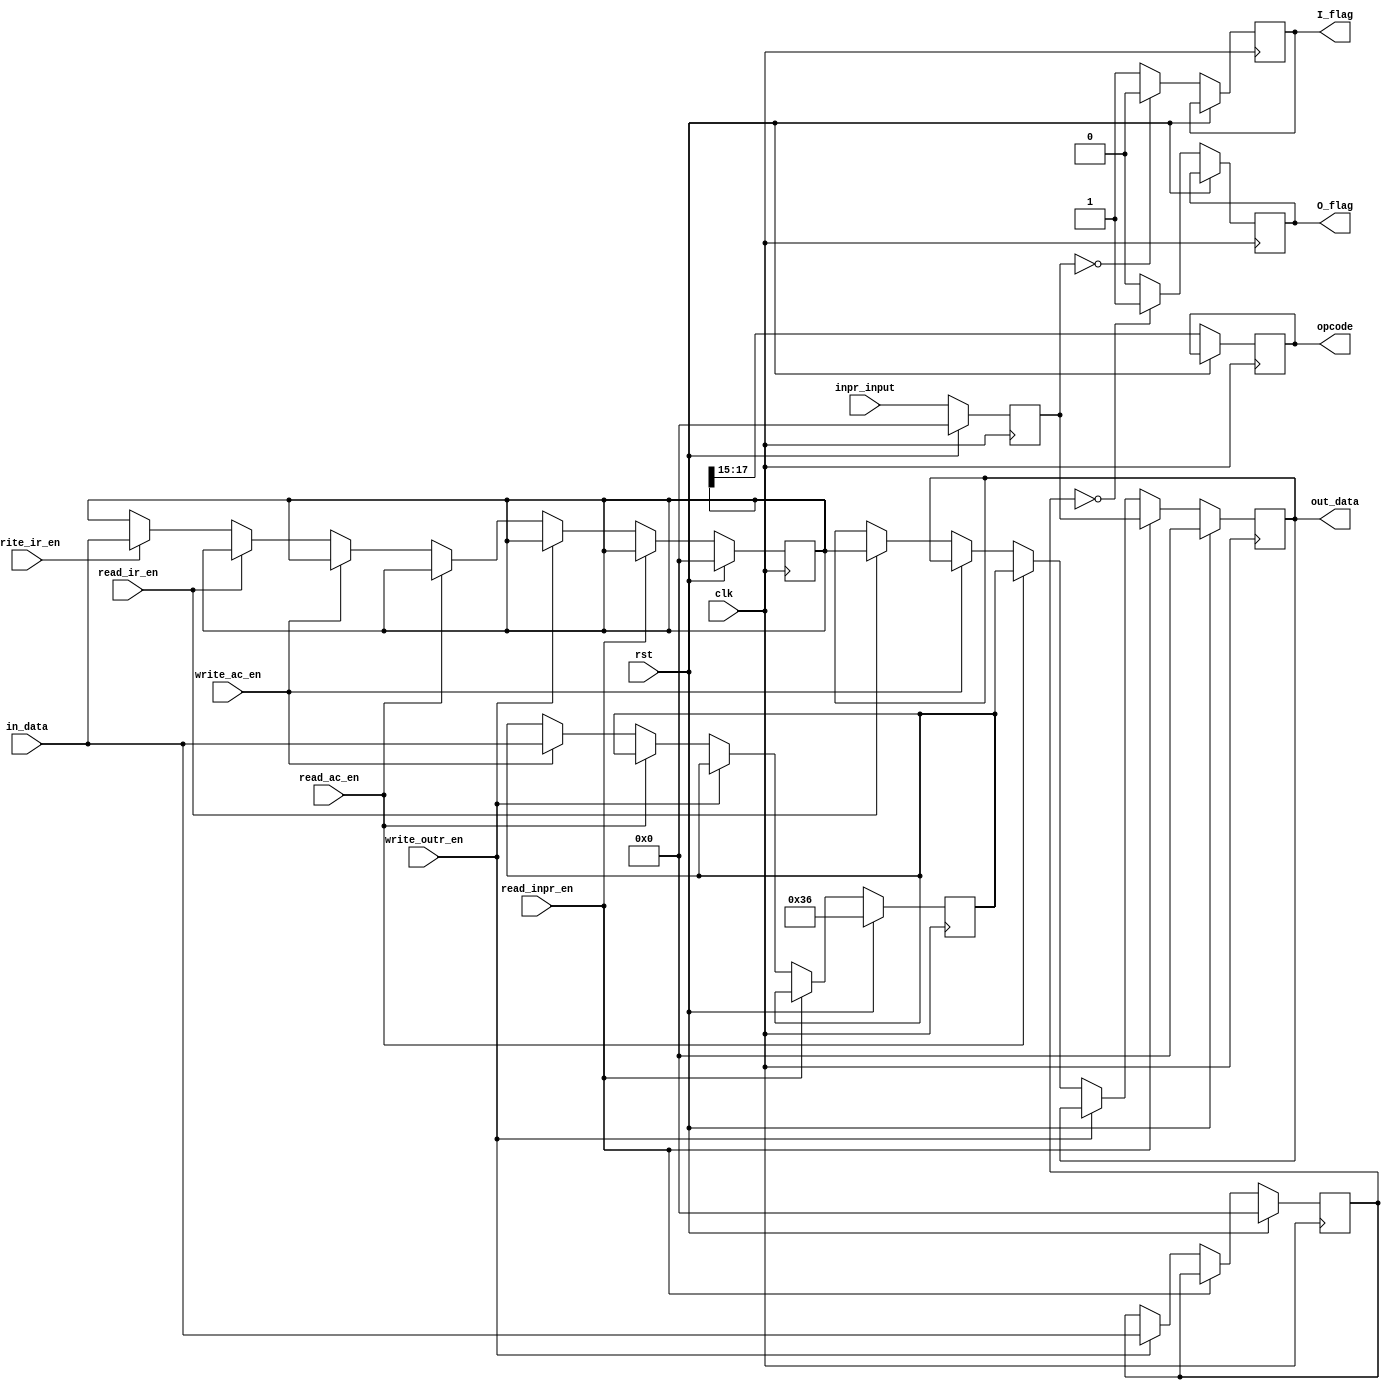
module AC_IR(out_data,in_data,clk,rst,read_inpr_en,write_outr_en,read_ac_en,
write_ac_en,read_ir_en,
write_ir_en,opcode,I_flag,O_flag,inpr_input);

	input [17:0] in_data,inpr_input; //Inputs for input register and other registers.
	input clk,rst,read_ac_en,read_inpr_en,write_outr_en,write_ac_en,
			read_ir_en,write_ir_en;
	output [17:0] out_data; 			//Common output of the module
	output [2:0]opcode; 					//Opcode of the instruction
	output I_flag,O_flag; 				//Flag bits for input and output interrupts.
	reg I_flag,O_flag;
	reg [2:0] opcode;
	reg [17:0] out_data; 				// Output data
	reg [17:0] inpr,outr,AC,IR; 		// The registers.

always @(posedge clk)
	begin
	if(rst) //Reset condition.
		begin
			outr<=18'd0;
			AC<=18'd54;
			IR<=18'd0;
			inpr<=18'b0;
			out_data<=18'd0;
		end
	else
		begin
			inpr<=inpr_input;
			opcode<=IR[17:15];
			if(inpr==18'd0) //Assigning Input flag
				I_flag<=1'b0;
			else
				I_flag<=1'b1;
			if (outr==18'b0) //Assigning output flag
				O_flag<=1'b1;
			else
				O_flag<=1'b0;
			if(read_inpr_en) //Output inpr on read enable
				out_data<=inpr;
			else if(write_outr_en) // Write data into output register
				outr<=in_data;
			else if(read_ac_en) //Output the Accumulator value
				out_data<=AC;
			else if(write_ac_en) //Write the input into accumulator
				AC<=in_data;
			else if(read_ir_en) //Read the IR value
				out_data<=IR;
			else if(write_ir_en) //Write the instruction register on enable
				IR<=in_data;
			end
	end
endmodule